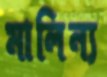
মালিন্য